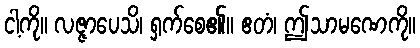
ငါ့ကို။ လဇ္ဇာပေသိ၊ ရှက်စေ၏။ ဧတံ၊ ဤသာမဏေကို။